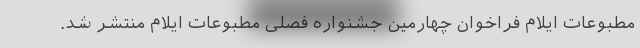
مطبوعات ایلام فراخوان‌ چهارمین جشنواره فصلی مطبوعات ایلام منتشر شد.